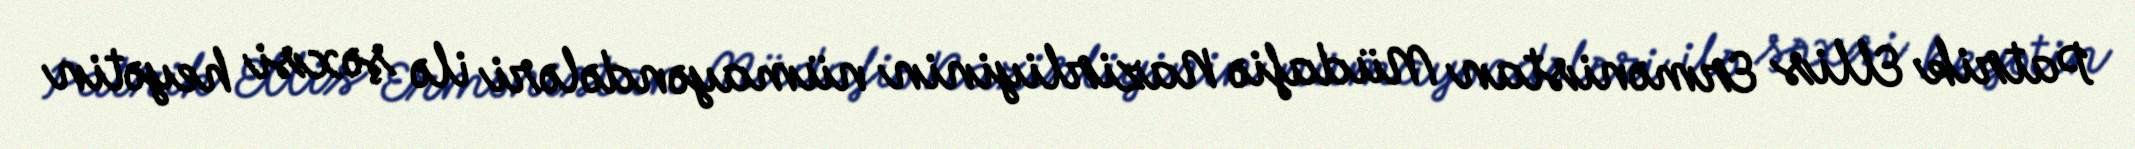
Patrik Ellis Ermənistan Müdafiə Nazirliyinin nümayəndələri ilə şəxsi heyətin